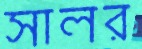
সালর